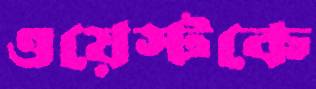
ওয়েস্টকে